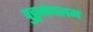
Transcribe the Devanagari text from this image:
पुट्टमंगलम